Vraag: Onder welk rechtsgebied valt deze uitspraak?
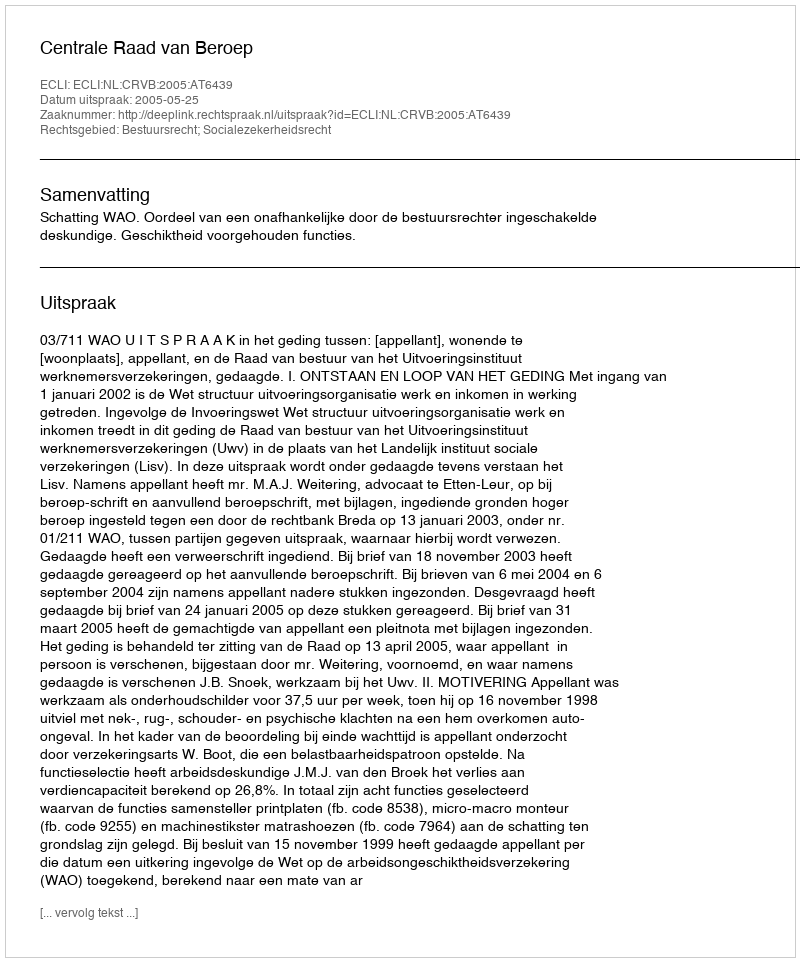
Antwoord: Bestuursrecht; Socialezekerheidsrecht